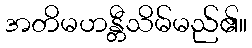
အတိမဟန္တီသိမ်မည်၏။